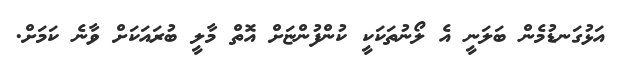
އަޅުގަނޑުމެން ބަލަނީ އެ ލޯނުތަކަކީ ކުންފުންޏަށް އޮތް މާލީ ބުރައަކަށް ވާނެ ކަމަށް.